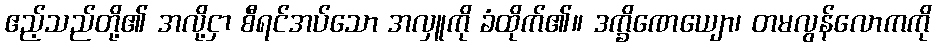
ဧည့်သည်တို့၏ အလို့ငှာ စီရင်အပ်သော အလှူကို ခံထိုက်၏။ ဒက္ခိဏေယျော၊ တမလွန်လောကကို